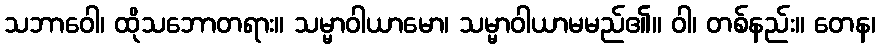
သဘာဝေါ၊ ထိုသဘောတရား။ သမ္မာဝါယာမော၊ သမ္မာဝါယာမမည်၏။ ဝါ၊ တစ်နည်း။ တေန၊